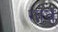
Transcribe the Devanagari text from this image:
गांव्